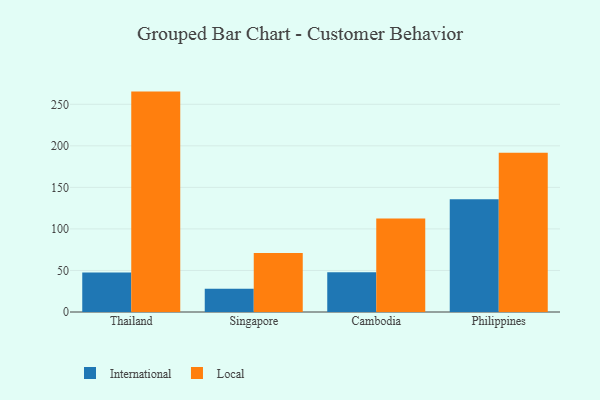
{"axis": {"x": "Country", "y": "Net Income (USD K)"}, "legend": ["International", "Local"], "data": [{"x": "Thailand", "y": 47.4, "type": "International"}, {"x": "Thailand", "y": 265.3, "type": "Local"}, {"x": "Singapore", "y": 28.0, "type": "International"}, {"x": "Singapore", "y": 71.0, "type": "Local"}, {"x": "Cambodia", "y": 47.7, "type": "International"}, {"x": "Cambodia", "y": 112.6, "type": "Local"}, {"x": "Philippines", "y": 135.6, "type": "International"}, {"x": "Philippines", "y": 191.7, "type": "Local"}]}